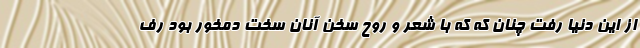
از این دنیا رفت چنان که که با شعر و روح سخن آنان سخت دمخور بود رف